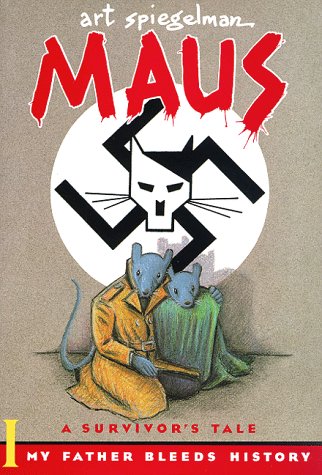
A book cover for My Father Bleeds History (Maus); Art Spiegelman; Biographies & Memoirs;